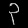
Digit: ၃